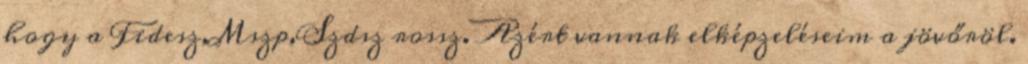
hogy a Fidesz,Mszp,Szdsz rossz. Azért vannak elképzeléseim a jövőröl.